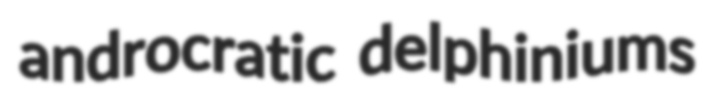
androcratic delphiniums